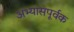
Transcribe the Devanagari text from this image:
अभ्यासपूर्वक